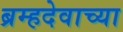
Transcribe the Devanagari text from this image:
ब्रम्हदेवाच्या